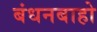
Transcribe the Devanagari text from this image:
बंधनबाहो